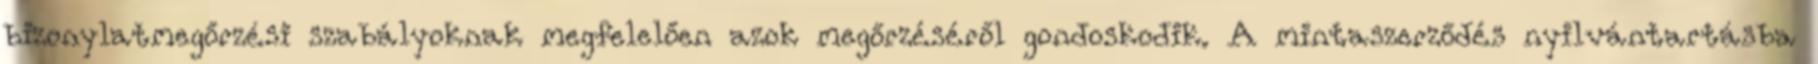
bizonylatmegőrzési szabályoknak megfelelően azok megőrzéséről gondoskodik. A mintaszerződés nyilvántartásba